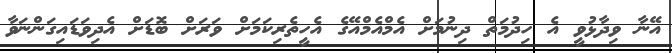
އޭނާ ވިދާޅުވީ އެ ހިދުމަތް ދިނުމަށް އެމްއެމްއޭގެ އެހީތެރިކަމަށް ވަރަށް ބޮޑަށް އެދިވަޑައިގަންނަވާ